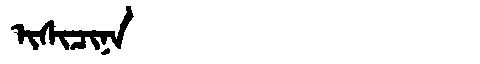
Manchu: ᡳᠰᡳᠴᡳᠨᠠ
Romanization: ISICINA